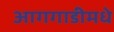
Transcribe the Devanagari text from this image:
आगगाडीमधे